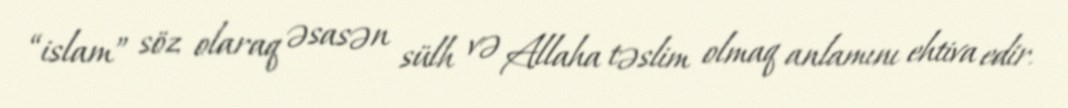
“islam” söz olaraq əsasən sülh və Allaha təslim olmaq anlamını ehtiva edir.